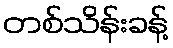
တစ်သိန်းခန့်